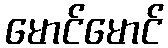
မောင်မောင်